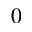
_ 0